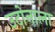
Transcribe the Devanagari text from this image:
उदोनाला